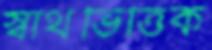
স্বার্থভিত্তিক